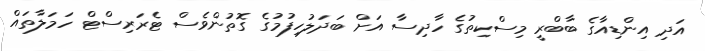
އަދި އިންޑިއާގެ ބާބްރީ މިސްކިތުގެ ހާދިސާ އަށް ބަދަލުހިފުމުގެ ގޮތުންވެސް ޓެރަރިސްޓް ހަމަލާތައް